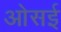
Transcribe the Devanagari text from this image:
ओसई